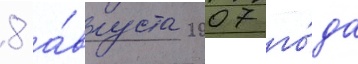
8 а́вгуста 2007 го́да